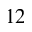
_ { 1 2 }